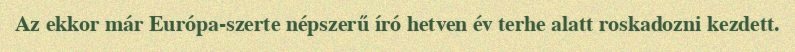
Az ekkor már Európa-szerte népszerű író hetven év terhe alatt roskadozni kezdett.